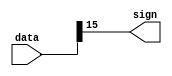
module findSignBit(
    input [15:0] data,
    output sign
    );

	always @ (*) begin
		
		sign = data[15];
		
	end

endmodule